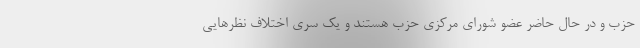
حزب و در حال حاضر عضو شورای مرکزی حزب هستند و یک سری اختلاف نظرهایی